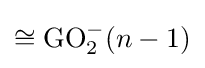
\cong \operatorname {GO} _{2}^{-}(n-1)